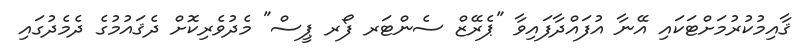
ޤާއިމުކުރުމަށްޓަކައި އޭނާ އުފައްދާފައިވާ "ޕެރޭޒް ސެންޓަރ ފޯރ ޕީސް" މެދުވެރިކޮށް ދެޤައުމުގެ ދެމެދުގައި